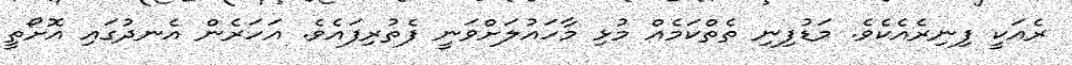
ރެއަކީ ފިނިރެއެކެވެ. މަޑުފިނި ތެތްކަމެއް މުޅި މާހައުލަށްވަނީ ފެތުރިފައެވެ. އަހަރެން އެނދުގައި އޮށޯތީ